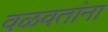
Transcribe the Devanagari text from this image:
वळवतांना